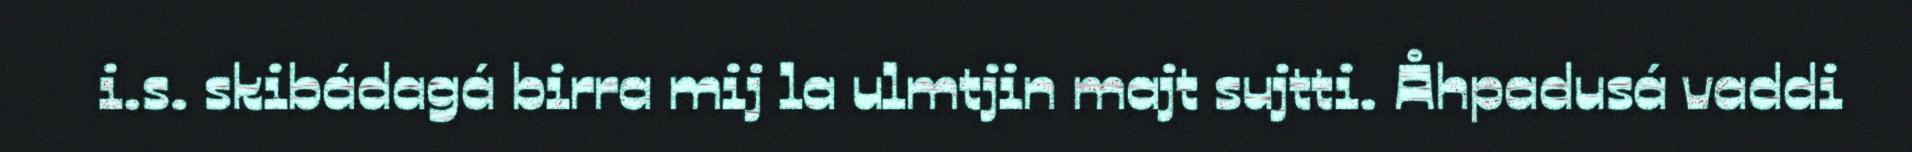
i.s. skibádagá birra mij la ulmtjin majt sujtti. Åhpadusá vaddi